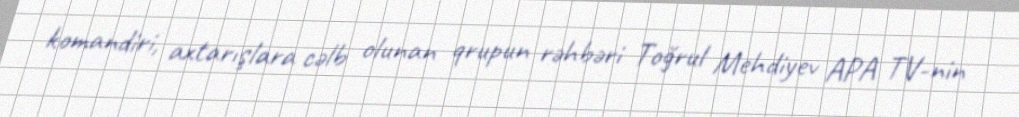
komandiri, axtarışlara cəlb olunan qrupun rəhbəri Toğrul Mehdiyev APA TV-nin